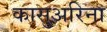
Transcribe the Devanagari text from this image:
कासुअरिना